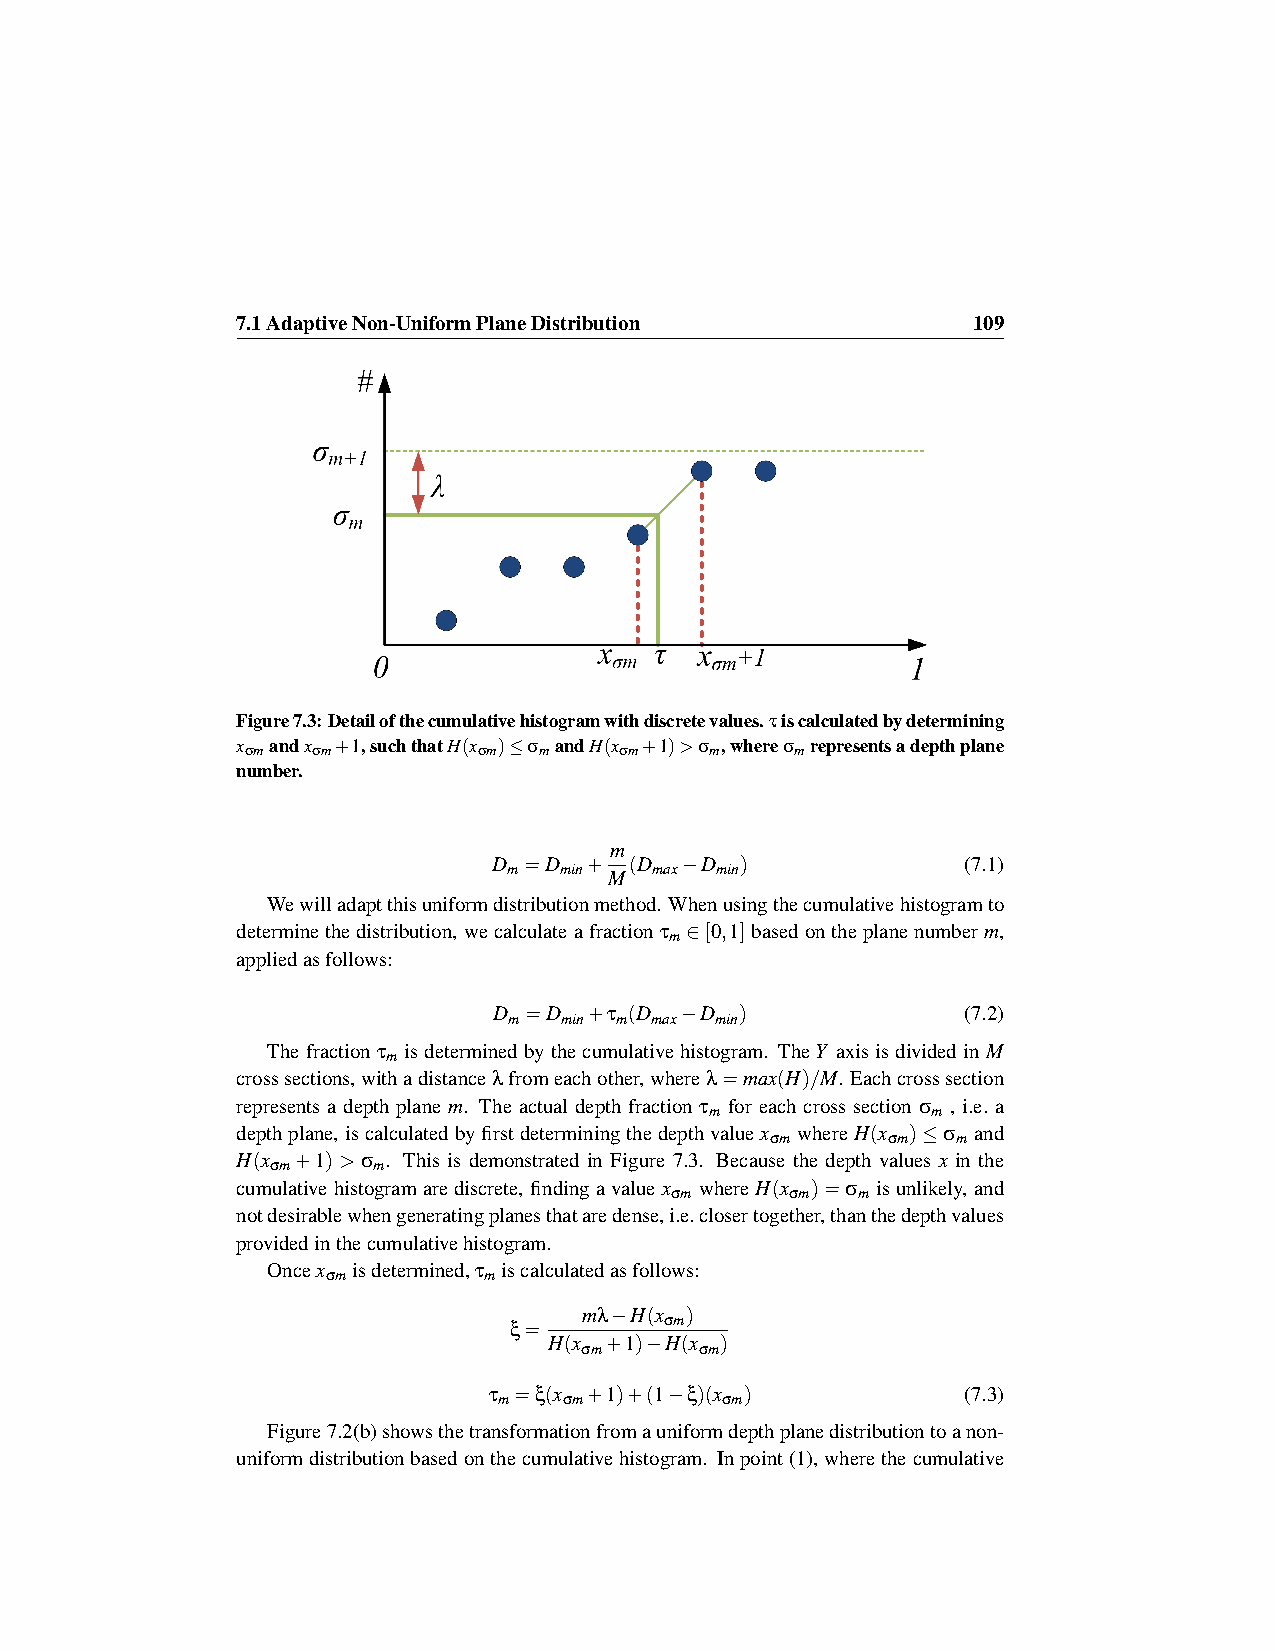
7.1AdaptiveNon-UniformPlaneDistribution         109
 Figure7.3:Detailofthecumulativehistogramwithdiscretevalues.τiscalculatedbydetermining
 x σmandx σm+1,suchthatH(x σm)≤σmandH(x σm+1)>σm,whereσmrepresentsadepthplane
 number.
 m
 D =D  +  (D −D  )              (7.1)
 m  min   max min
 M
 Wewilladaptthisuniformdistributionmethod. Whenusingthecumulativehistogramto
 determinethedistribution, wecalculateafractionτ ∈[0,1]basedontheplanenumberm,
 m
 appliedasfollows:
 D =D  +τ (D −D  )              (7.2)
 m  min m max min
 Thefractionτ isdeterminedbythecumulativehistogram. TheY axisisdividedinM
 m
 crosssections,withadistanceλfromeachother,whereλ=max(H)/M. Eachcrosssection
 represents a depth plane m. The actual depth fraction τ for each cross section σ , i.e. a
 m              m
 depthplane, iscalculatedbyfirstdeterminingthedepthvaluex whereH(x )≤σ and
 σm      σm  m
 H(x +1)>σ . This is demonstrated in Figure 7.3. Because the depth values x in the
 σm     m
 cumulativehistogramarediscrete, findingavaluex whereH(x )=σ isunlikely, and
 σm      σm   m
 notdesirablewhengeneratingplanesthataredense,i.e.closertogether,thanthedepthvalues
 providedinthecumulativehistogram.
 Oncex isdetermined,τ iscalculatedasfollows:
 σm        m
 mλ−H(x )
 ξ=
 σm
 H(x +1)−H(x )
 σm      σm
 τ =ξ(x +1)+(1−ξ)(x )            (7.3)
 m   σm         σm
 Figure7.2(b)showsthetransformationfromauniformdepthplanedistributiontoanon-
 uniformdistributionbasedonthecumulativehistogram. Inpoint(1),wherethecumulative